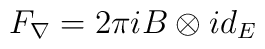
F_\nabla=2\pi i B\otimes id_{E}